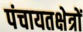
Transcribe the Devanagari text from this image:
पंचायतक्षेत्रों